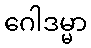
ဂေါဒမ္မာ